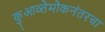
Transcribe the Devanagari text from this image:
कुआव्तेमोकनंतरचा